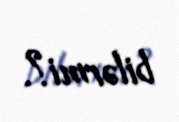
bilərmi?.